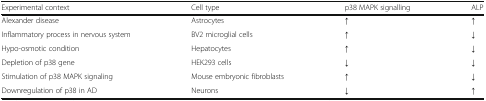
<table><thead><tr><td><b>Experimental context</b></td><td><b>Cell type</b></td><td><b>p38 MAPK signalling</b></td><td><b>ALP</b></td></tr></thead><tbody><tr><td>Alexander disease</td><td>Astrocytes</td><td>↑</td><td>↑</td></tr><tr><td>Inflammatory process in nervous system</td><td>BV2 microglial cells</td><td>↑</td><td>↓</td></tr><tr><td>Hypo-osmotic condition</td><td>Hepatocytes</td><td>↑</td><td>↓</td></tr><tr><td>Depletion of p38 gene</td><td>HEK293 cells</td><td>↓</td><td>↓</td></tr><tr><td>Stimulation of p38 MAPK signaling</td><td>Mouse embryonic fibroblasts</td><td>↑</td><td>↓</td></tr><tr><td>Downregulation of p38 in AD</td><td>Neurons</td><td>↓</td><td>↑</td></tr></tbody></table>